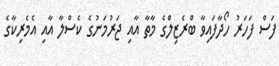
ފަސް ފަހަރު ހޯދާފައިވާ ބްރެޒިލްގެ މާތާ އާއި ޖަރުމަނުގެ ކެސްލާ އާއި އެމެރިކާގެ